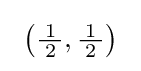
\ \left({\tfrac {\!\ 1\!\ }{2}},{\tfrac {\!\ 1\!\ }{2}}\right)\